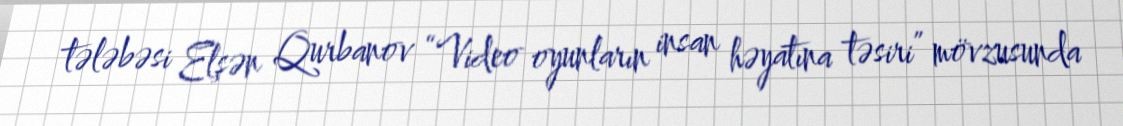
tələbəsi Elşən Qurbanov “Video oyunların insan həyatına təsiri” mövzusunda